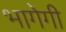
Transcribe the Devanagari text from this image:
भागेगी